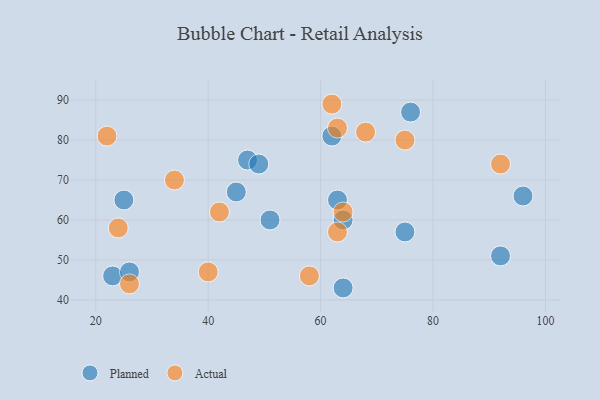
{"axis": {"x": "GDP", "y": "Life Expectancy"}, "legend": ["Actual", "Planned"], "data": [{"x": "47", "y": 75, "type": "Planned"}, {"x": "49", "y": 74, "type": "Planned"}, {"x": "23", "y": 46, "type": "Planned"}, {"x": "75", "y": 57, "type": "Planned"}, {"x": "64", "y": 60, "type": "Planned"}, {"x": "62", "y": 81, "type": "Planned"}, {"x": "26", "y": 47, "type": "Planned"}, {"x": "64", "y": 43, "type": "Planned"}, {"x": "96", "y": 66, "type": "Planned"}, {"x": "76", "y": 87, "type": "Planned"}, {"x": "45", "y": 67, "type": "Planned"}, {"x": "63", "y": 65, "type": "Planned"}, {"x": "25", "y": 65, "type": "Planned"}, {"x": "51", "y": 60, "type": "Planned"}, {"x": "92", "y": 51, "type": "Planned"}, {"x": "75", "y": 80, "type": "Actual"}, {"x": "22", "y": 81, "type": "Actual"}, {"x": "40", "y": 47, "type": "Actual"}, {"x": "42", "y": 62, "type": "Actual"}, {"x": "92", "y": 74, "type": "Actual"}, {"x": "63", "y": 57, "type": "Actual"}, {"x": "26", "y": 44, "type": "Actual"}, {"x": "68", "y": 82, "type": "Actual"}, {"x": "24", "y": 58, "type": "Actual"}, {"x": "64", "y": 62, "type": "Actual"}, {"x": "34", "y": 70, "type": "Actual"}, {"x": "58", "y": 46, "type": "Actual"}, {"x": "63", "y": 83, "type": "Actual"}, {"x": "62", "y": 89, "type": "Actual"}]}